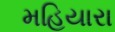
મહિયારા